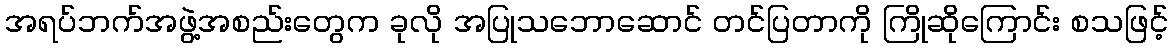
အရပ်ဘက်အဖွဲ့အစည်းတွေက ခုလို အပြုသဘောဆောင် တင်ပြတာကို ကြိုဆိုကြောင်း စသဖြင့်